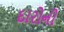
દારોની